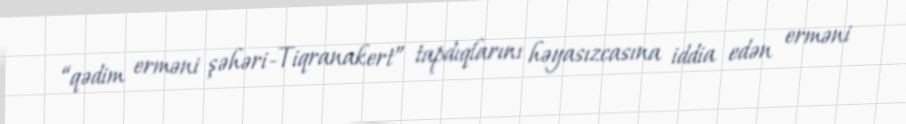
“qədim erməni şəhəri-Tiqranakert” tapdıqlarını həyasızcasına iddia edən erməni